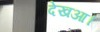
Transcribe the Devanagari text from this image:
देखआ।